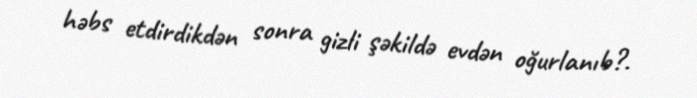
həbs etdirdikdən sonra gizli şəkildə evdən oğurlanıb?.